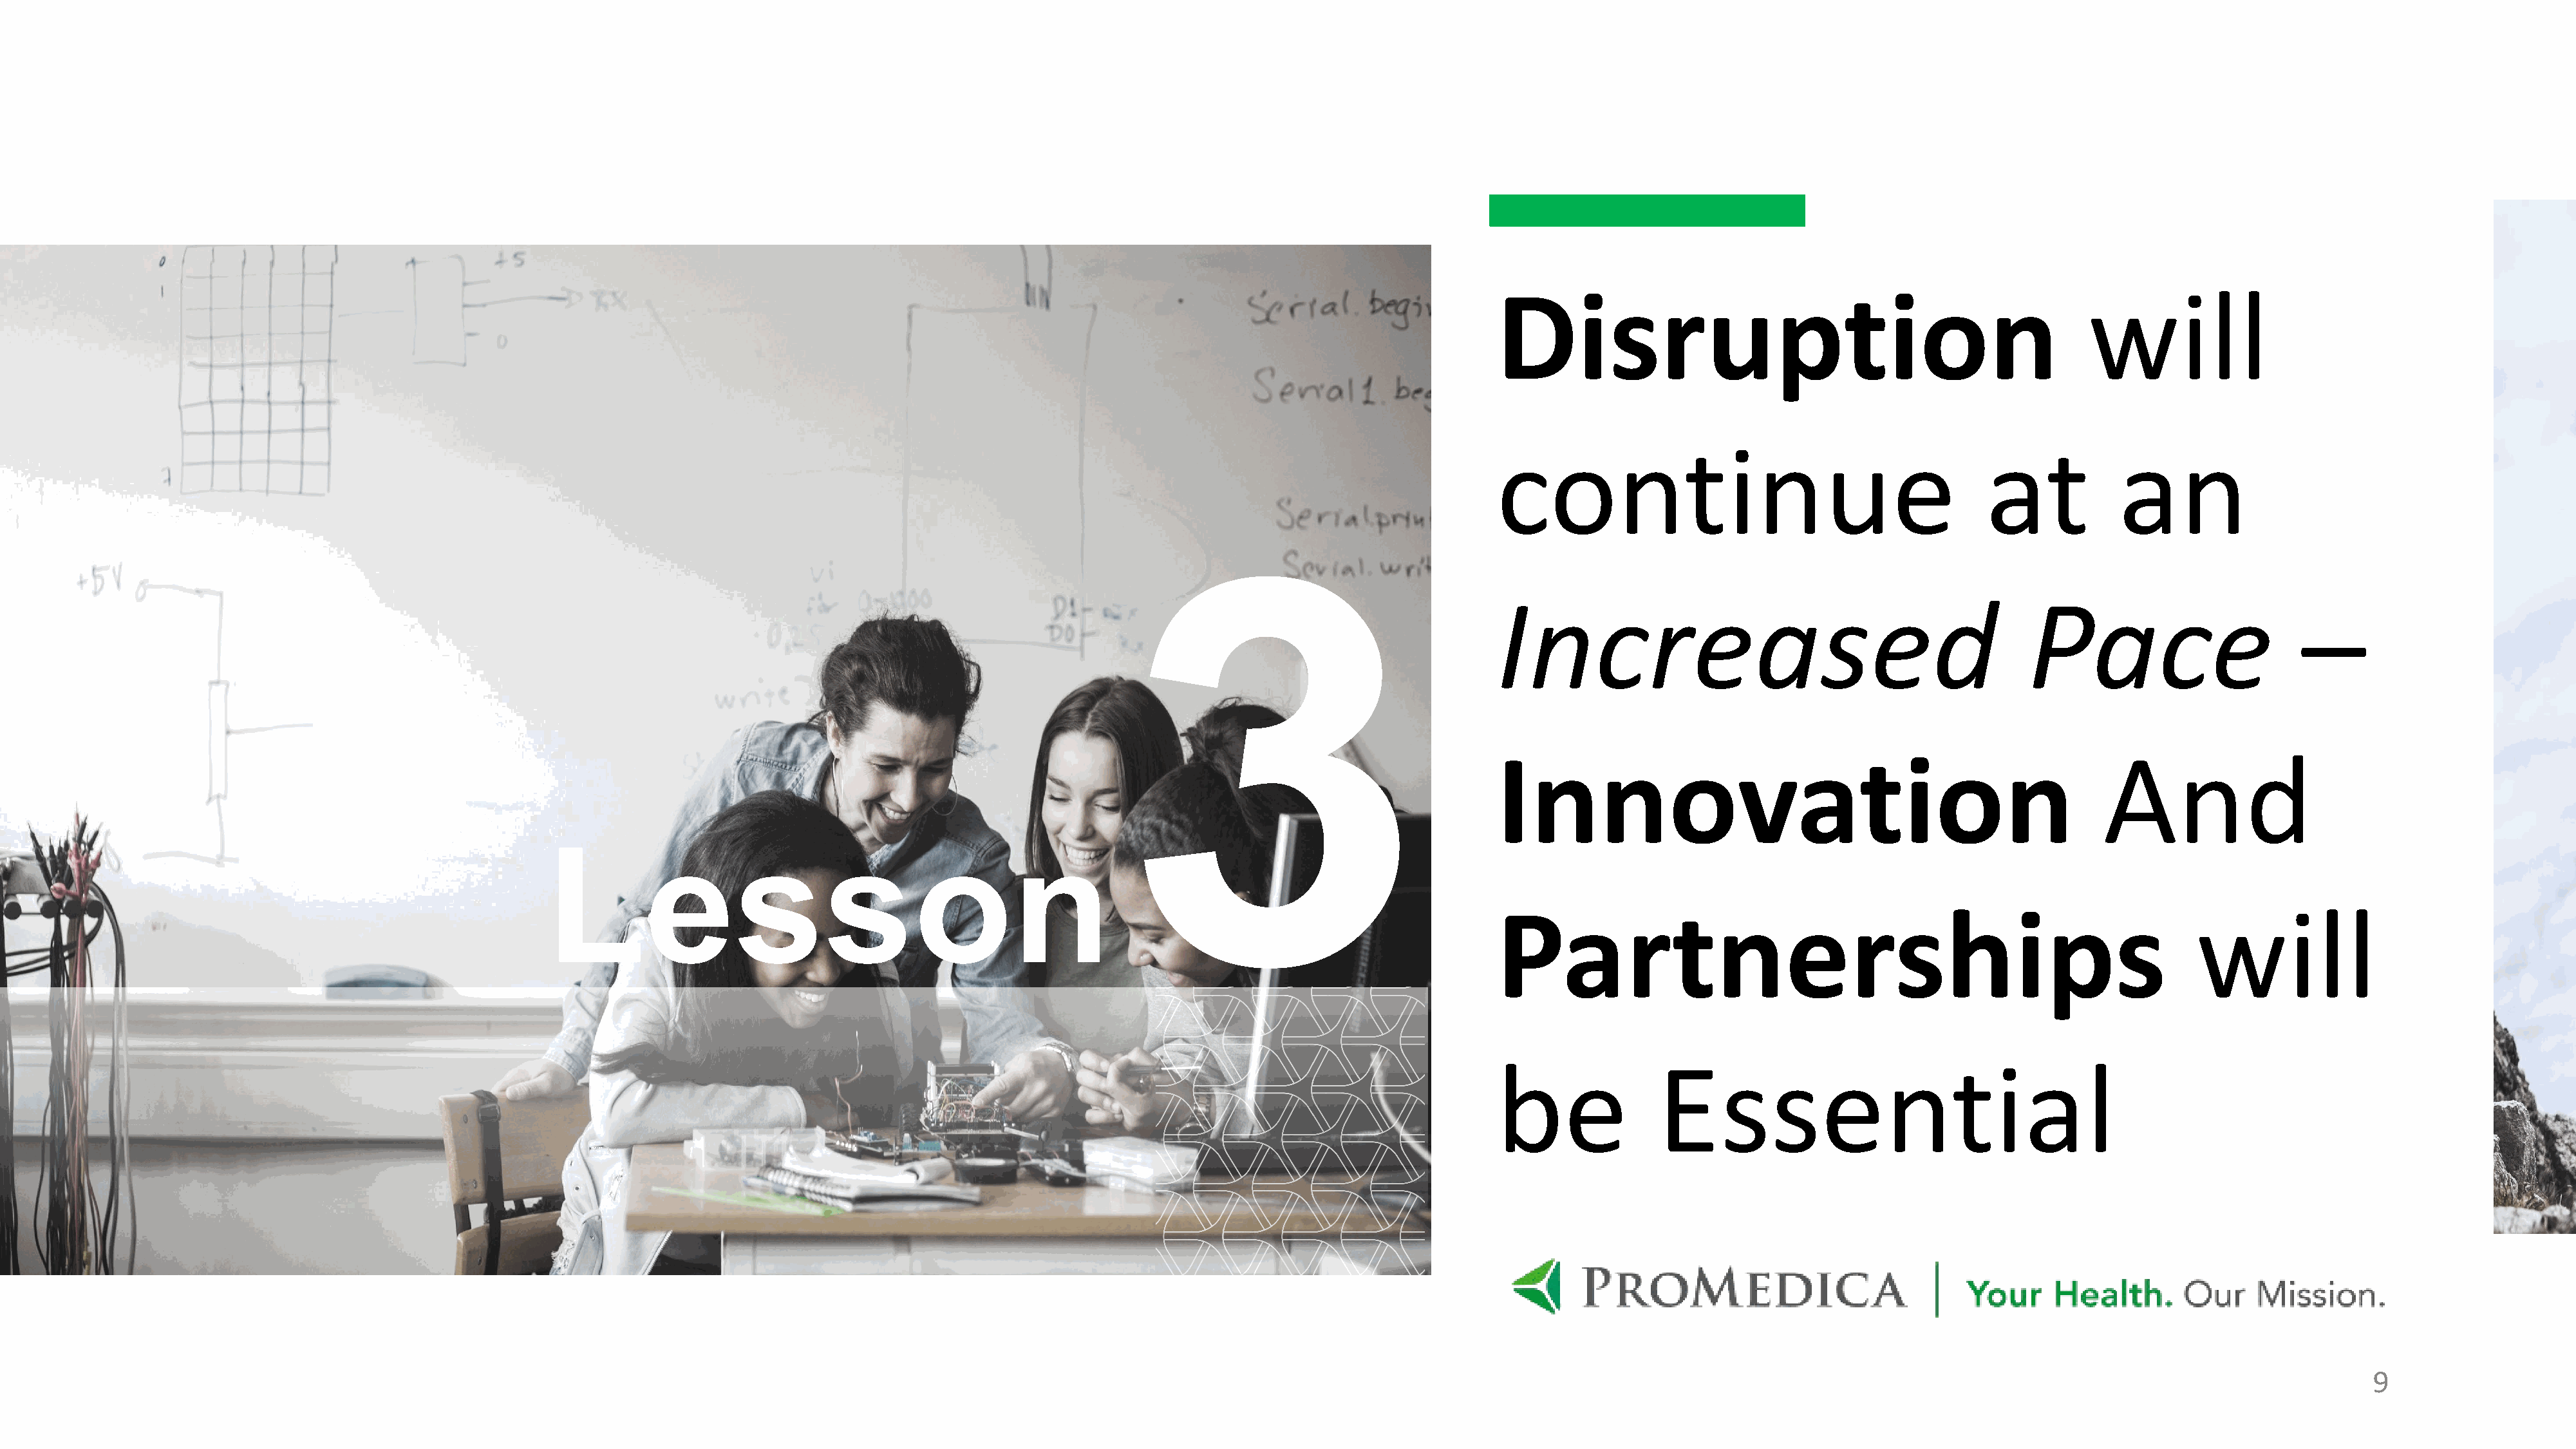
will
 Disruption
 continue                                          at            an
 Increased                                             Pace
 –
 And
 Innovation
 Lesson
 will
 Partnerships
 be              Essential
 9